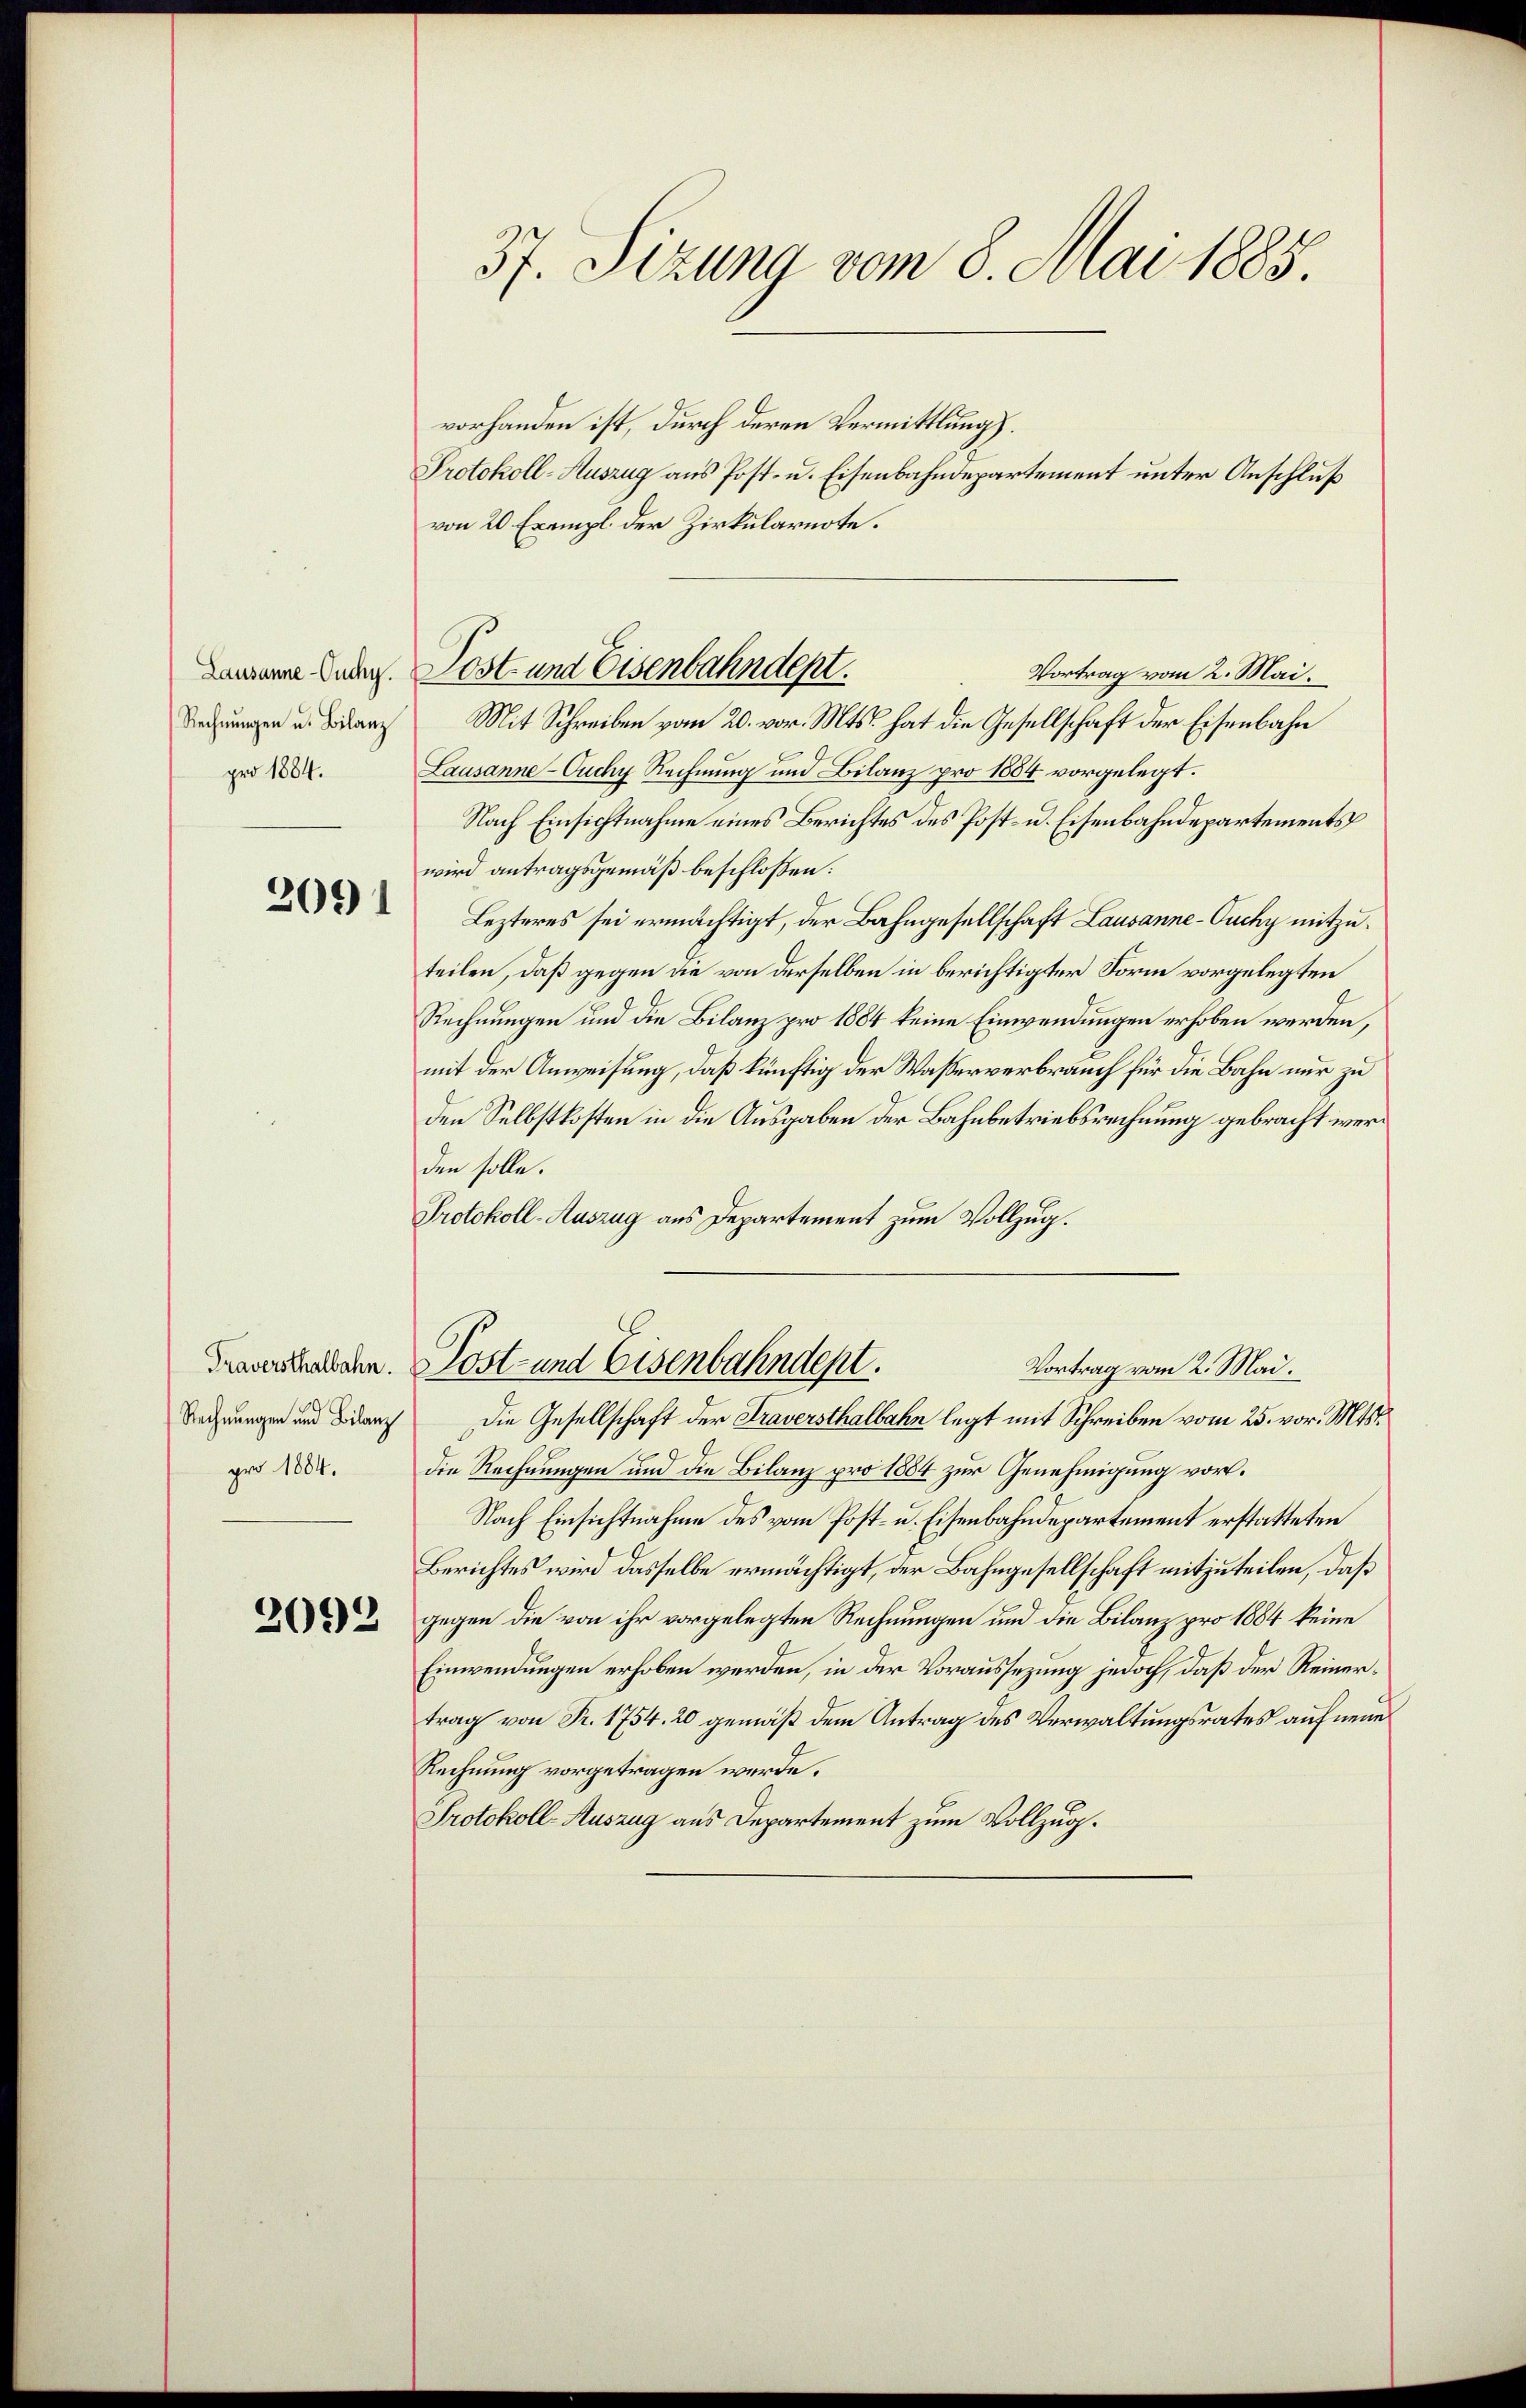
Rechnungen u. Bilanz
pro 1884.

2091

Traversthalbahn.
Rechnungen und Bilanz
pro 1884.

2092

vorhanden ist, durch deren Vermittlung).
Protokoll-Auszug aus Post- u. Eisenbahndepartement unter Anschluß
von 20 Exempl. der Zirkularnote.
Mit Schreiben vom 20. vor. Mts. hat die Gesellschaft der Eisenbahn
Lausanne - Ouchy Rechnung und Bilanz pro 1854 vorgelegt.
Nach Einsichtnahme eines Berichtes des Post- u. Eisenbahndepartements
wird antragsgemäß beschloßen:
Lezteres sei ermächtigt, der Bahngesellschaft Lausanne-Ouchy mitzuteilen, daß gegen die von derselben in berichtigter Form vorgelegten
Rechnungen und die Bilanz pro 1884 keine Einwendungen erhoben werden,
mit der Anweisung, daß künftig der Wasserverbrauch für die Bahn nur zu
den Selbstkosten in die Ausgaben der Bahnbetriebsrechnung gebracht werd
den solle.
Protokoll-Auszug aus Departement zum Vollzug.

37. Sizung vom 8. Mai 1885.

Lanzaine Ander. Post- und Eisenbahndept.
Vortrag vom 2. Mai.

Post- und Eisenbahndept.
Vortrag vom 2. Mai.

Die Gesellschaft der Traversthalbahn legt mit Schreiben vom 25. vor. Mts.
die Rechnungen und die Bilanz pro 1884 zur Genehmigung vor.
Nach Einsichtnahme des vom Post- u. Eisenbahndepartement erstatteten
Berichtes wird dasselbe ermächtigt, der Bahngesellschaft mitzuteilen, daß
gegen die von ihr vorgelegten Rechnungen und die Bilanz pro 1884 keine
Einwendungen erhoben werden, in der Voraussezung jedoch, daß der Reinertrag von Fr. 1754. 20 gemäß dem Antrag des Verwaltungsrates auf neue
Rechnung vorgetragen werde.
Protokoll-Auszug aus Departement zum Vollzug.